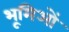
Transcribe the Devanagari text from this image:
भूमिओं